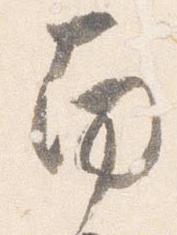
南